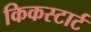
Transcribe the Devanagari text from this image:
किकस्टार्ट